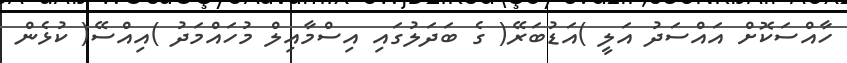
ހާއްސަކޮށް އައްސަދު އަލީ )އަޑުބަރޭ( ގެ ބަދަލުގައި އިސްމާއިލް މުހައްމަދު )އިއްސޭ( ކުޅެން